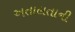
અતાલતાની